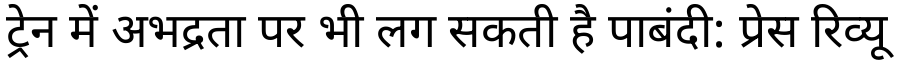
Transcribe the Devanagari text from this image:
ट्रेन में अभद्रता पर भी लग सकती है पाबंदी: प्रेस रिव्यू